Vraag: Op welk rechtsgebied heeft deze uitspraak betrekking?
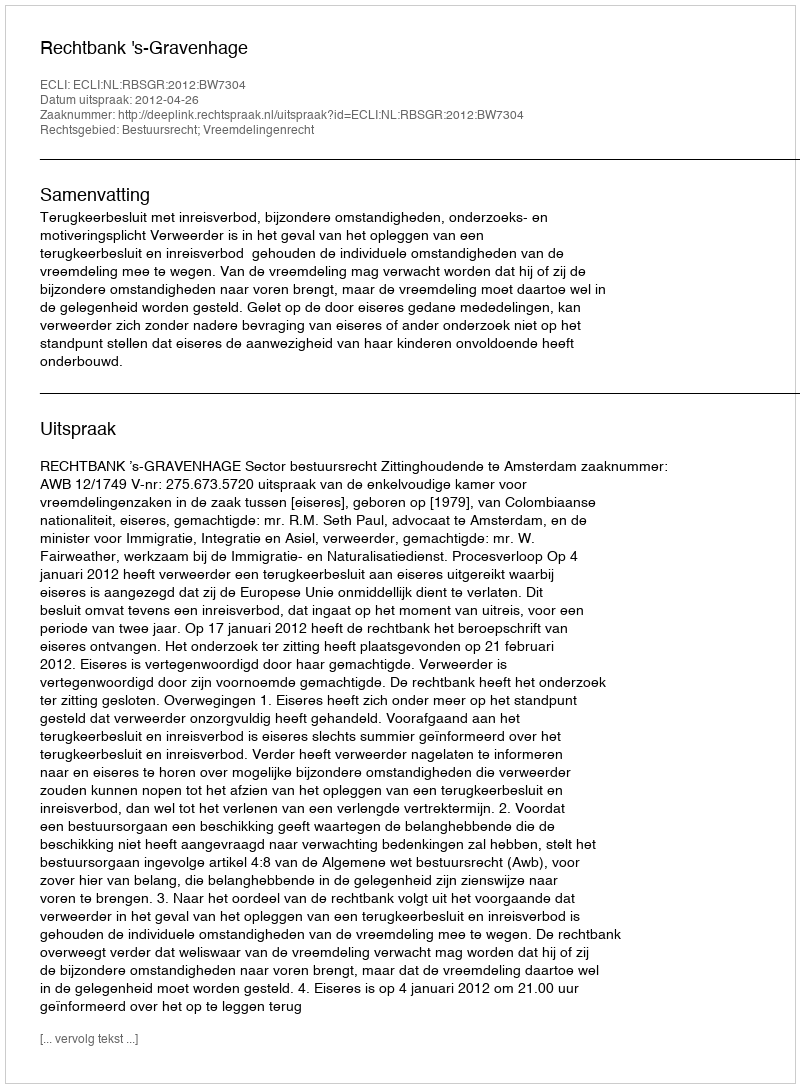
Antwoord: Bestuursrecht; Vreemdelingenrecht